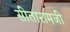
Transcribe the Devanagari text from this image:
सीतारामजी